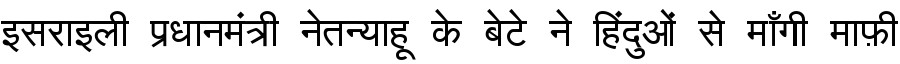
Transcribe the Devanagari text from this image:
इसराइली प्रधानमंत्री नेतन्याहू के बेटे ने हिंदुओं से माँगी माफ़ी